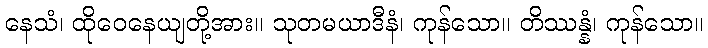
နေသံ၊ ထိုဝေနေယျတို့အား။ သုတမယာဒီနံ၊ ကုန်သော။ တိဿန္နံ၊ ကုန်သော။